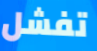
تفشل